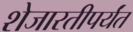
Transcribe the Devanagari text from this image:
शेजारतीपर्यंत